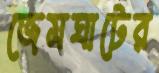
জেমঘাটের